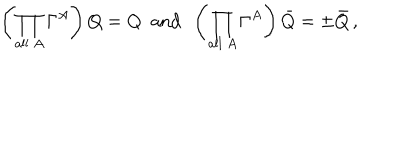
LaTeX: \left( \prod _ { \mathrm { a l l \ } A } \Gamma ^ { A } \right) Q = Q \ \ \mathrm { a n d } \ \ \left( \prod _ { \mathrm { a l l \ } A } \Gamma ^ { A } \right) \bar { Q } = \pm \bar { Q } \, ,